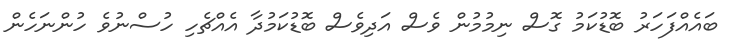
ބައެއްފަހަރު ބޮޑުކަމު ގޮސް ނިމުމުން ވެސް އަދިވެސް ބޮޑުކަމުދާ އެއްޗެހި ހުސްނުވެ ހުންނަހެން